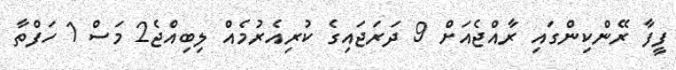
ފީފާ ރޭންކިންގައި ރާއްޖެއަށް 9 ދަރަޖައިގެ ކުރިއެރުމެއް ލިބިއްޖެ2 މަސް 1 ހަފްތާ